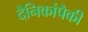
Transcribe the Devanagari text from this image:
दैनिकांपैकी